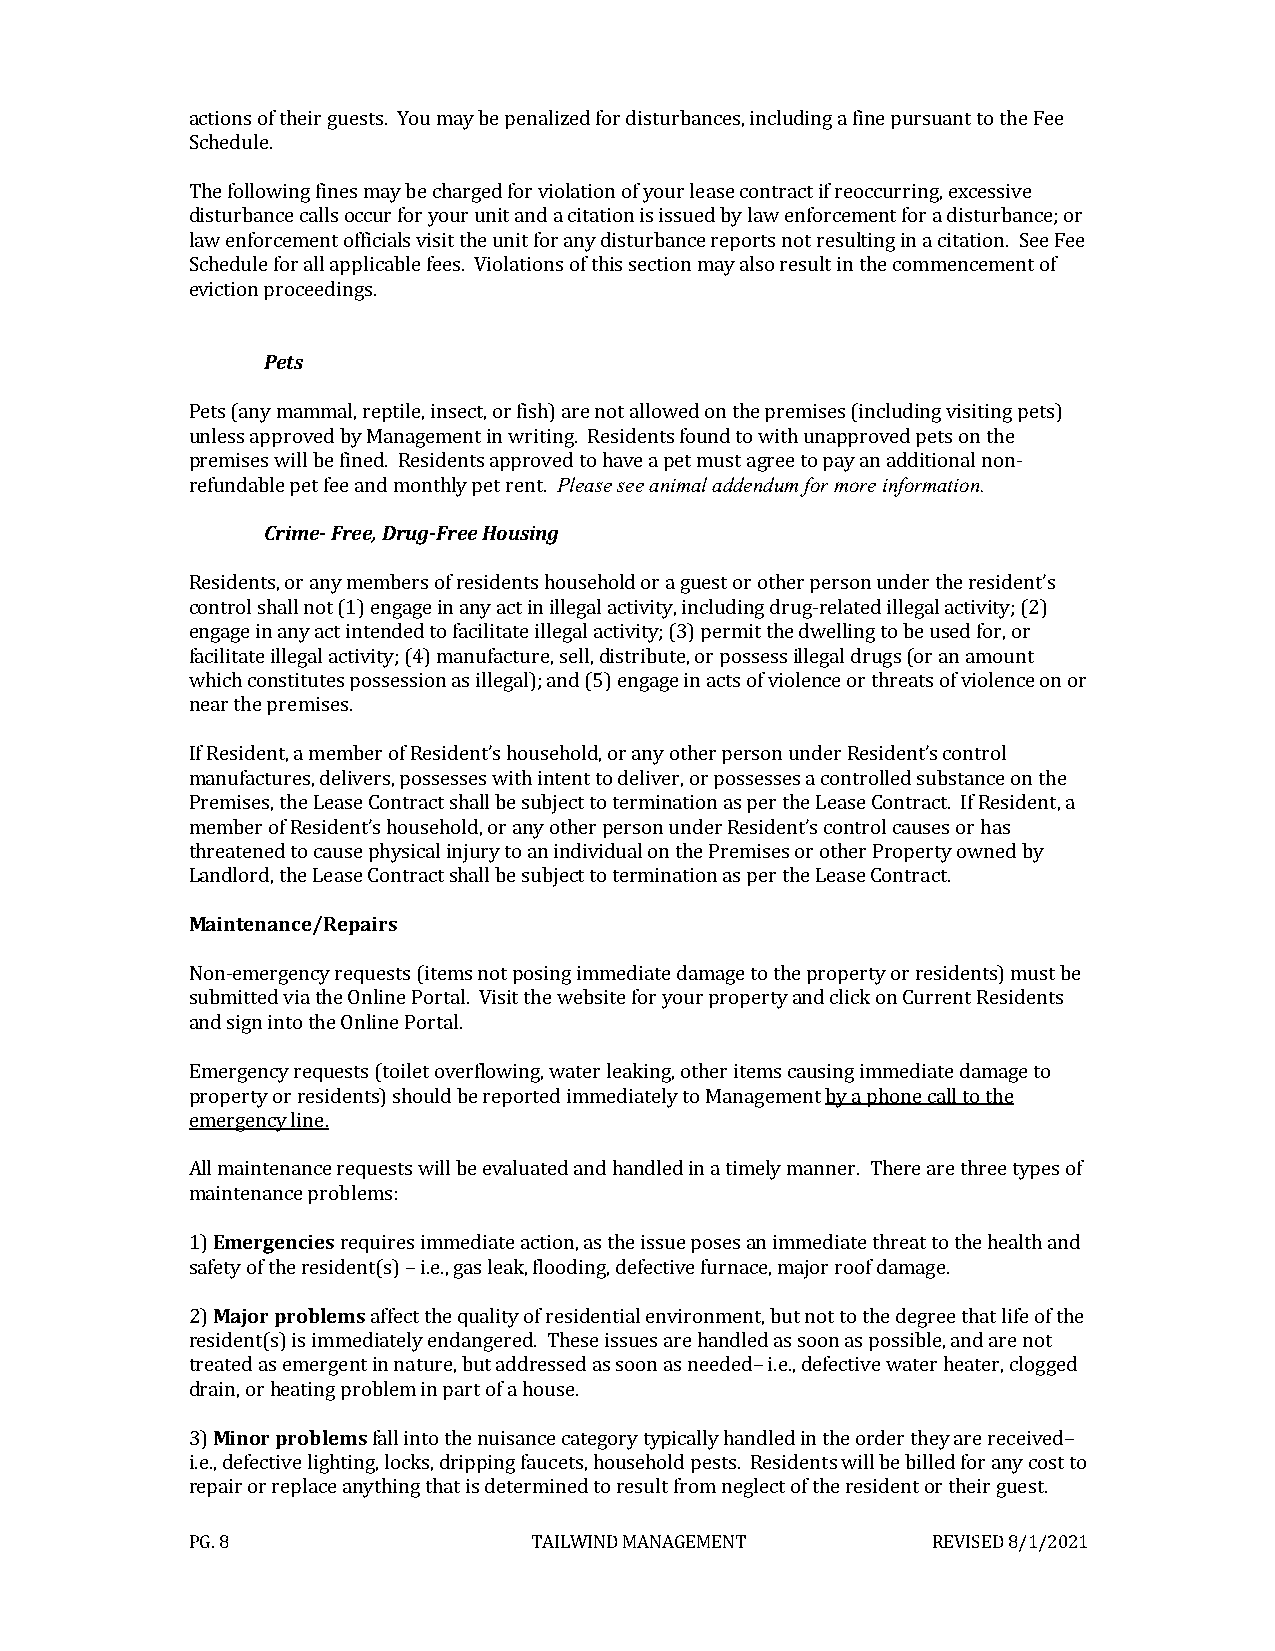
actions of their guests. You may be penalized for disturbances, including a fine pursuant to the Fee
 Schedule.
 The following fines may be charged for violation of your lease contract if reoccurring, excessive
 disturbance calls occur for your unit and a citation is issued by law enforcement for a disturbance; or
 law enforcement officials visit the unit for any disturbance reports not resulting in a citation. See Fee
 Schedule for all applicable fees. Violations of this section may also result in the commencement of
 eviction proceedings.
 Pets
 Pets (any mammal, reptile, insect, or fish) are not allowed on the premises (including visiting pets)
 unless approved by Management in writing. Residents found to with unapproved pets on the
 premises will be fined. Residents approved to have a pet must agree to pay an additional non-
 refundable pet fee and monthly pet rent. Please see animal addendum for more information.
 Crime- Free, Drug-Free Housing
 Residents, or any members of residents household or a guest or other person under the resident’s
 control shall not (1) engage in any act in illegal activity, including drug-related illegal activity; (2)
 engage in any act intended to facilitate illegal activity; (3) permit the dwelling to be used for, or
 facilitate illegal activity; (4) manufacture, sell, distribute, or possess illegal drugs (or an amount
 which constitutes possession as illegal); and (5) engage in acts of violence or threats of violence on or
 near the premises.
 If Resident, a member of Resident’s household, or any other person under Resident’s control
 manufactures, delivers, possesses with intent to deliver, or possesses a controlled substance on the
 Premises, the Lease Contract shall be subject to termination as per the Lease Contract. If Resident, a
 member of Resident’s household, or any other person under Resident’s control causes or has
 threatened to cause physical injury to an individual on the Premises or other Property owned by
 Landlord, the Lease Contract shall be subject to termination as per the Lease Contract.
 Maintenance/Repairs
 Non-emergency requests (items not posing immediate damage to the property or residents) must be
 submitted via the Online Portal. Visit the website for your property and click on Current Residents
 and sign into the Online Portal.
 Emergency requests (toilet overflowing, water leaking, other items causing immediate damage to
 property or residents) should be reported immediately to Management by a phone call to the
 emergency line.
 All maintenance requests will be evaluated and handled in a timely manner. There are three types of
 maintenance problems:
 1) Emergencies requires immediate action, as the issue poses an immediate threat to the health and
 safety of the resident(s) – i.e., gas leak, flooding, defective furnace, major roof damage.
 2) Major problems affect the quality of residential environment, but not to the degree that life of the
 resident(s) is immediately endangered. These issues are handled as soon as possible, and are not
 treated as emergent in nature, but addressed as soon as needed– i.e., defective water heater, clogged
 drain, or heating problem in part of a house.
 3) Minor problems fall into the nuisance category typically handled in the order they are received–
 i.e., defective lighting, locks, dripping faucets, household pests. Residents will be billed for any cost to
 repair or replace anything that is determined to result from neglect of the resident or their guest.
 PG. 8                  TAILWIND MANAGEMENT        REVISED 8/1/2021